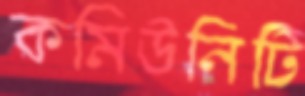
কমিউনিটি